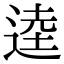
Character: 逵